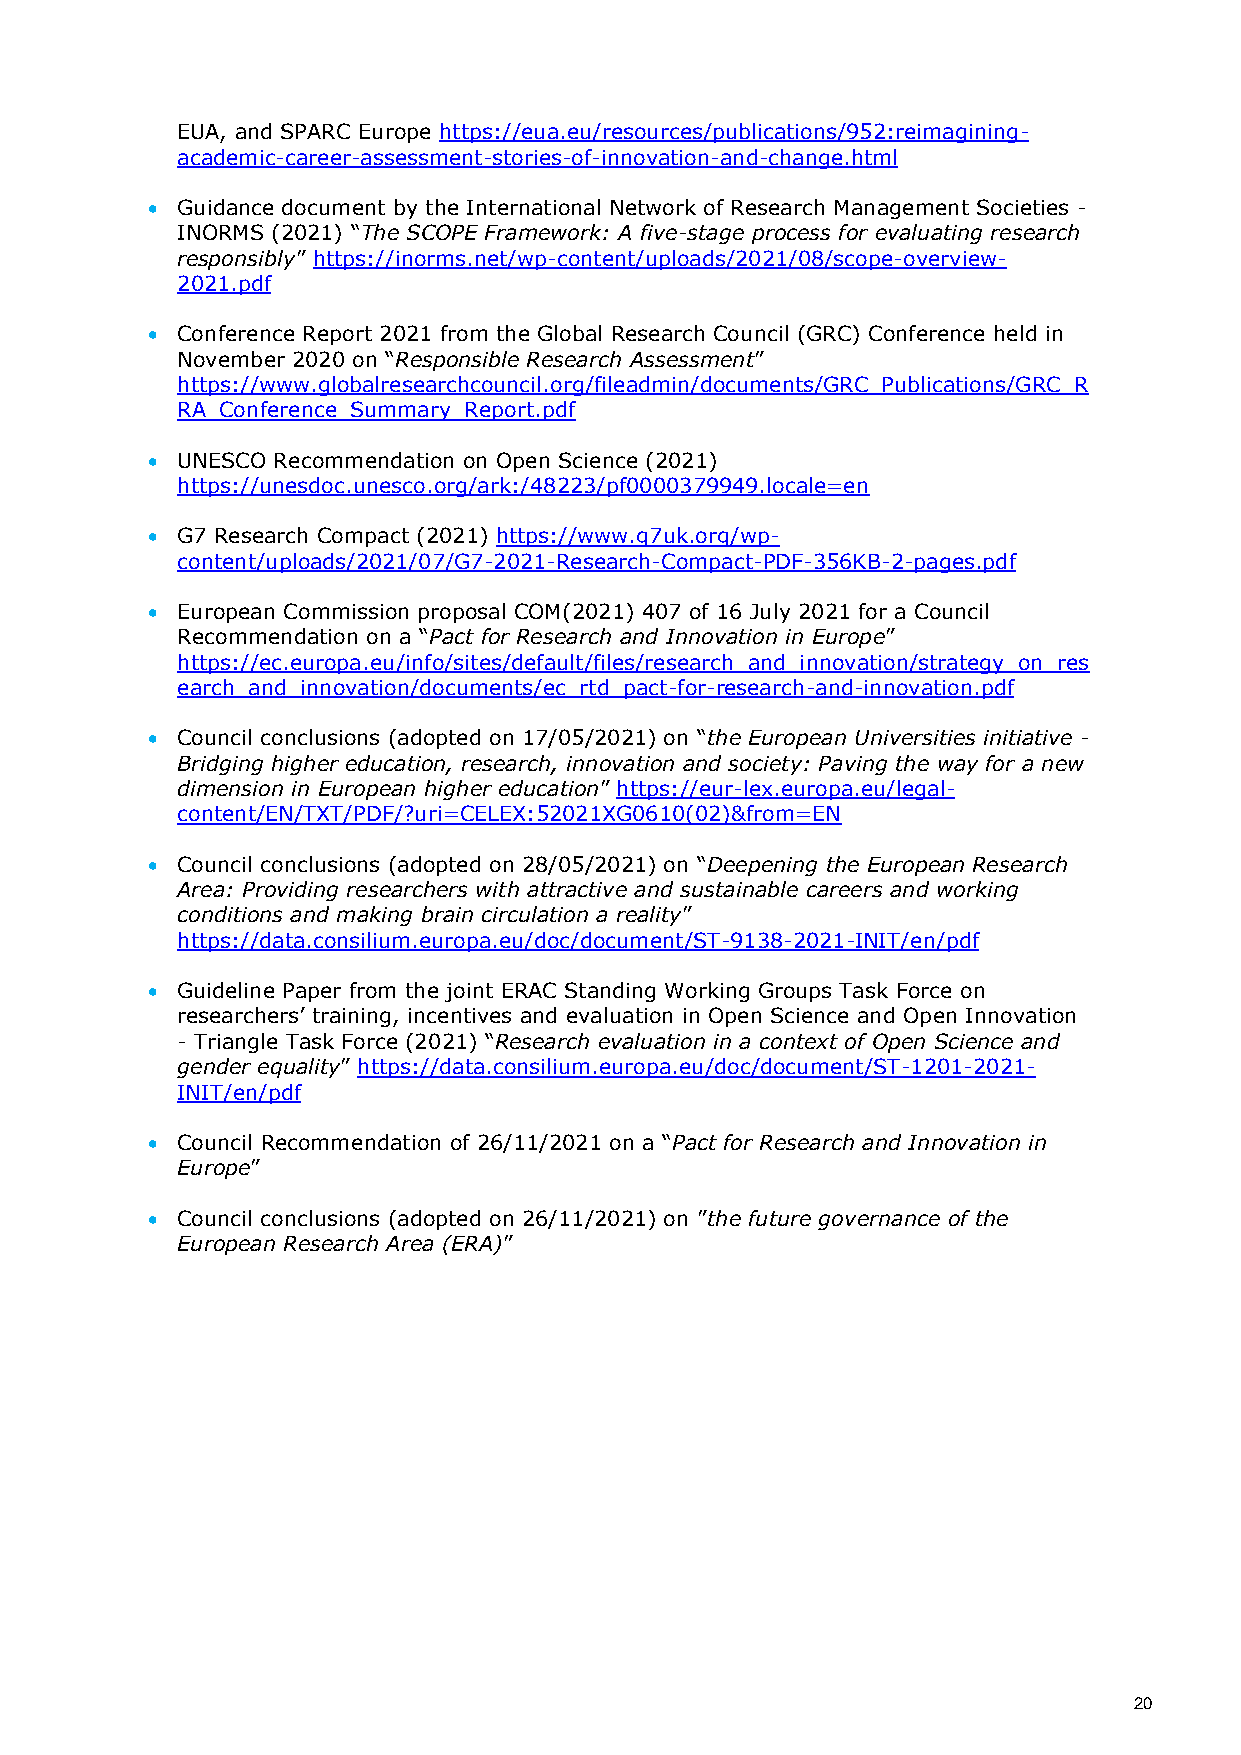
EUA, and SPARC Europe https://eua.eu/resources/publications/952:reimagining-
 academic-career-assessment-stories-of-innovation-and-change.html
  Guidance document by the International Network of Research Management Societies -
 INORMS (2021) “The SCOPE Framework: A five-stage process for evaluating research
 responsibly” https://inorms.net/wp-content/uploads/2021/08/scope-overview-
 2021.pdf
  Conference Report 2021 from the Global Research Council (GRC) Conference held in
 November 2020 on “Responsible Research Assessment”
 https://www.globalresearchcouncil.org/fileadmin/documents/GRC_Publications/GRC_R
 RA_Conference_Summary_Report.pdf
  UNESCO Recommendation on Open Science (2021)
 https://unesdoc.unesco.org/ark:/48223/pf0000379949.locale=en
  G7 Research Compact (2021) https://www.g7uk.org/wp-
 content/uploads/2021/07/G7-2021-Research-Compact-PDF-356KB-2-pages.pdf
  European Commission proposal COM(2021) 407 of 16 July 2021 for a Council
 Recommendation on a “Pact for Research and Innovation in Europe”
 https://ec.europa.eu/info/sites/default/files/research_and_innovation/strategy_on_res
 earch_and_innovation/documents/ec_rtd_pact-for-research-and-innovation.pdf
  Council conclusions (adopted on 17/05/2021) on “the European Universities initiative -
 Bridging higher education, research, innovation and society: Paving the way for a new
 dimension in European higher education” https://eur-lex.europa.eu/legal-
 content/EN/TXT/PDF/?uri=CELEX:52021XG0610(02)&from=EN
  Council conclusions (adopted on 28/05/2021) on “Deepening the European Research
 Area: Providing researchers with attractive and sustainable careers and working
 conditions and making brain circulation a reality”
 https://data.consilium.europa.eu/doc/document/ST-9138-2021-INIT/en/pdf
  Guideline Paper from the joint ERAC Standing Working Groups Task Force on
 researchers’ training, incentives and evaluation in Open Science and Open Innovation
 - Triangle Task Force (2021) “Research evaluation in a context of Open Science and
 gender equality” https://data.consilium.europa.eu/doc/document/ST-1201-2021-
 INIT/en/pdf
  Council Recommendation of 26/11/2021 on a “Pact for Research and Innovation in
 Europe”
  Council conclusions (adopted on 26/11/2021) on ”the future governance of the
 European Research Area (ERA)”
 20